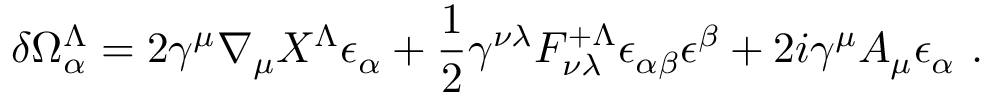
\delta \Omega _ { \alpha } ^ { \Lambda } = 2 \gamma ^ { \mu } \nabla _ { \mu } X ^ { \Lambda } \epsilon _ { \alpha } + { \frac { 1 } { 2 } } \gamma ^ { \nu \lambda } { \cal F } _ { \nu \lambda } ^ { + \Lambda } \epsilon _ { \alpha \beta } \epsilon ^ { \beta } + 2 i \gamma ^ { \mu } A _ { \mu } \epsilon _ { \alpha } \ .